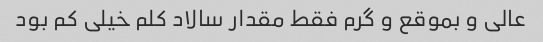
عالی و بموقع و گرم فقط مقدار سالاد کلم خیلی کم بود